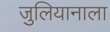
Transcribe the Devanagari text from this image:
जुलियानाला